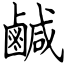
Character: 鹹